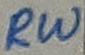
Text: RW